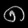
Digit: ၈